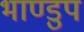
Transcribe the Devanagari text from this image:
भाण्डुप